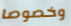
وخصوصا